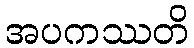
အပကဿတိ